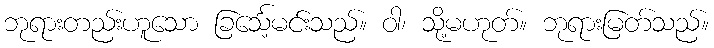
ဘုရားတည်းဟူသော ခြင်္သေ့မင်းသည်။ ဝါ၊ သို့မဟုတ်။ ဘုရားမြတ်သည်။